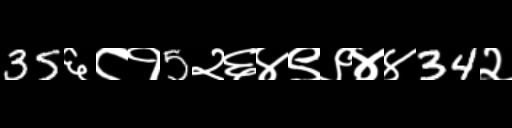
Text: 35६८१5२६४९९४४34२